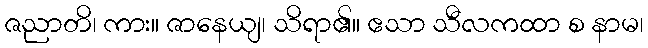
ဇညာတိ၊ ကား။ ဇာနေယျ၊ သိရာ၏။ ဧသာ သီလကထာ စ နာမ၊